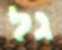
גל